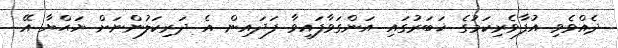
ދެއްވެވި އުފާވެރިކަމުގެ ޚަބަރުގައި އަންގަވާފައިވާ ފަދައިން އެ ދަރިކަލުންނަށް ޔަޙްޔާ އޭ